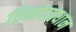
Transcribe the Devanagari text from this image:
विनोदप्रधान